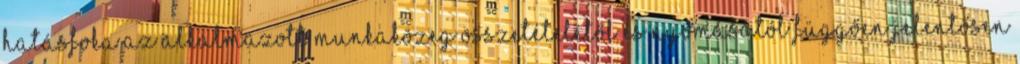
hatásfoka az alkalmazott munkaközeg összetételétől és nyomásától függően jelentősen